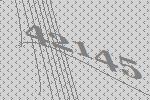
42145